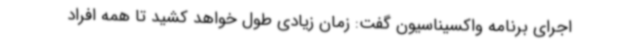
اجرای برنامه واکسیناسیون گفت: زمان زیادی طول خواهد کشید تا همه افراد